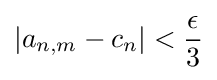
\left|a_{n,m}-c_{n}\right|<{\frac {\epsilon }{3}}